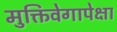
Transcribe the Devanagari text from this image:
मुक्तिवेगापेक्षा